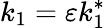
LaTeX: k_{1}=\varepsilon k_{1}^{*}